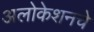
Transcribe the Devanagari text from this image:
अलोकेशनचे